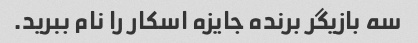
سه بازیگر برنده جایزه اسکار را نام ببرید.